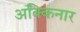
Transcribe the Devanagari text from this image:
अक्किनार